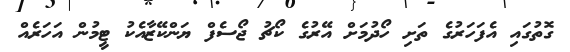
ގޮތުގައި އެފަހަރުގެ ތަށި ހޯދުމަށް އޭރުގެ ކޯޗު ޖޯސެފް ޔަންކޭޒާއެކު ޓީމުން އަހަރެއް